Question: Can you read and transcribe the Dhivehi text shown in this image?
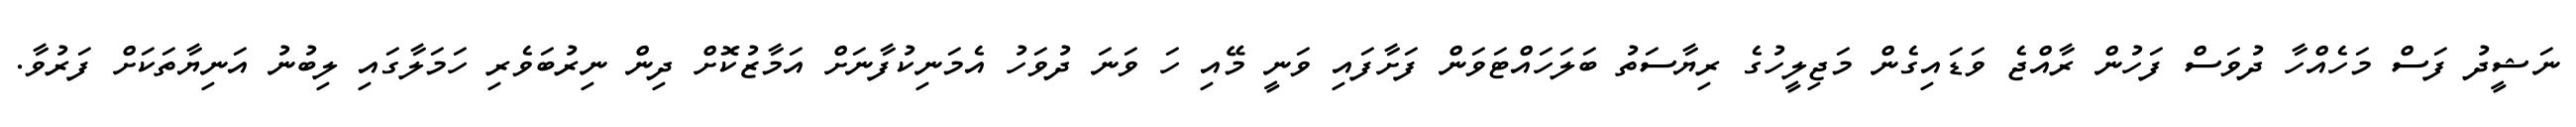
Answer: ނަޝީދު ފަސް މަހެއްހާ ދުވަސް ފަހުން ރާއްޖެ ވަޑައިގެން މަޖިލީހުގެ ރިޔާސަތު ބަލަހައްޓަވަން ފަށާފައި ވަނީ މޭއި ހަ ވަނަ ދުވަހު އެމަނިކުފާނަށް އަމާޒުކޮށް ދިން ނިރުބަވެރި ހަމަލާގައި ލިބުނު އަނިޔާތަކަށް ފަރުވާ.